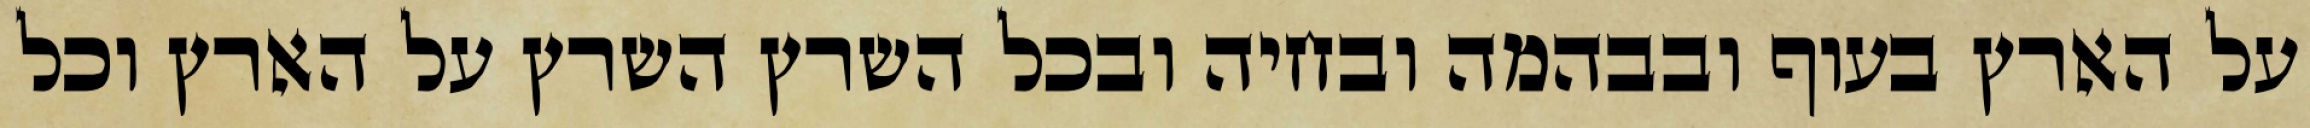
על הארץ בעוף ובבהמה ובחיה ובכל השרץ השרץ על הארץ וכל